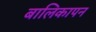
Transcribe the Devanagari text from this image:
बालिकापन